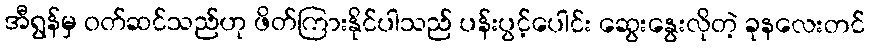
အီရွန်မှ ဝတ်ဆင်သည်ဟု ဖိတ်ကြားနိုင်ပါသည် ပန်းပွင့်ပေါင်း ဆွေးနွေးလိုတဲ့ ခုနလေးတင်